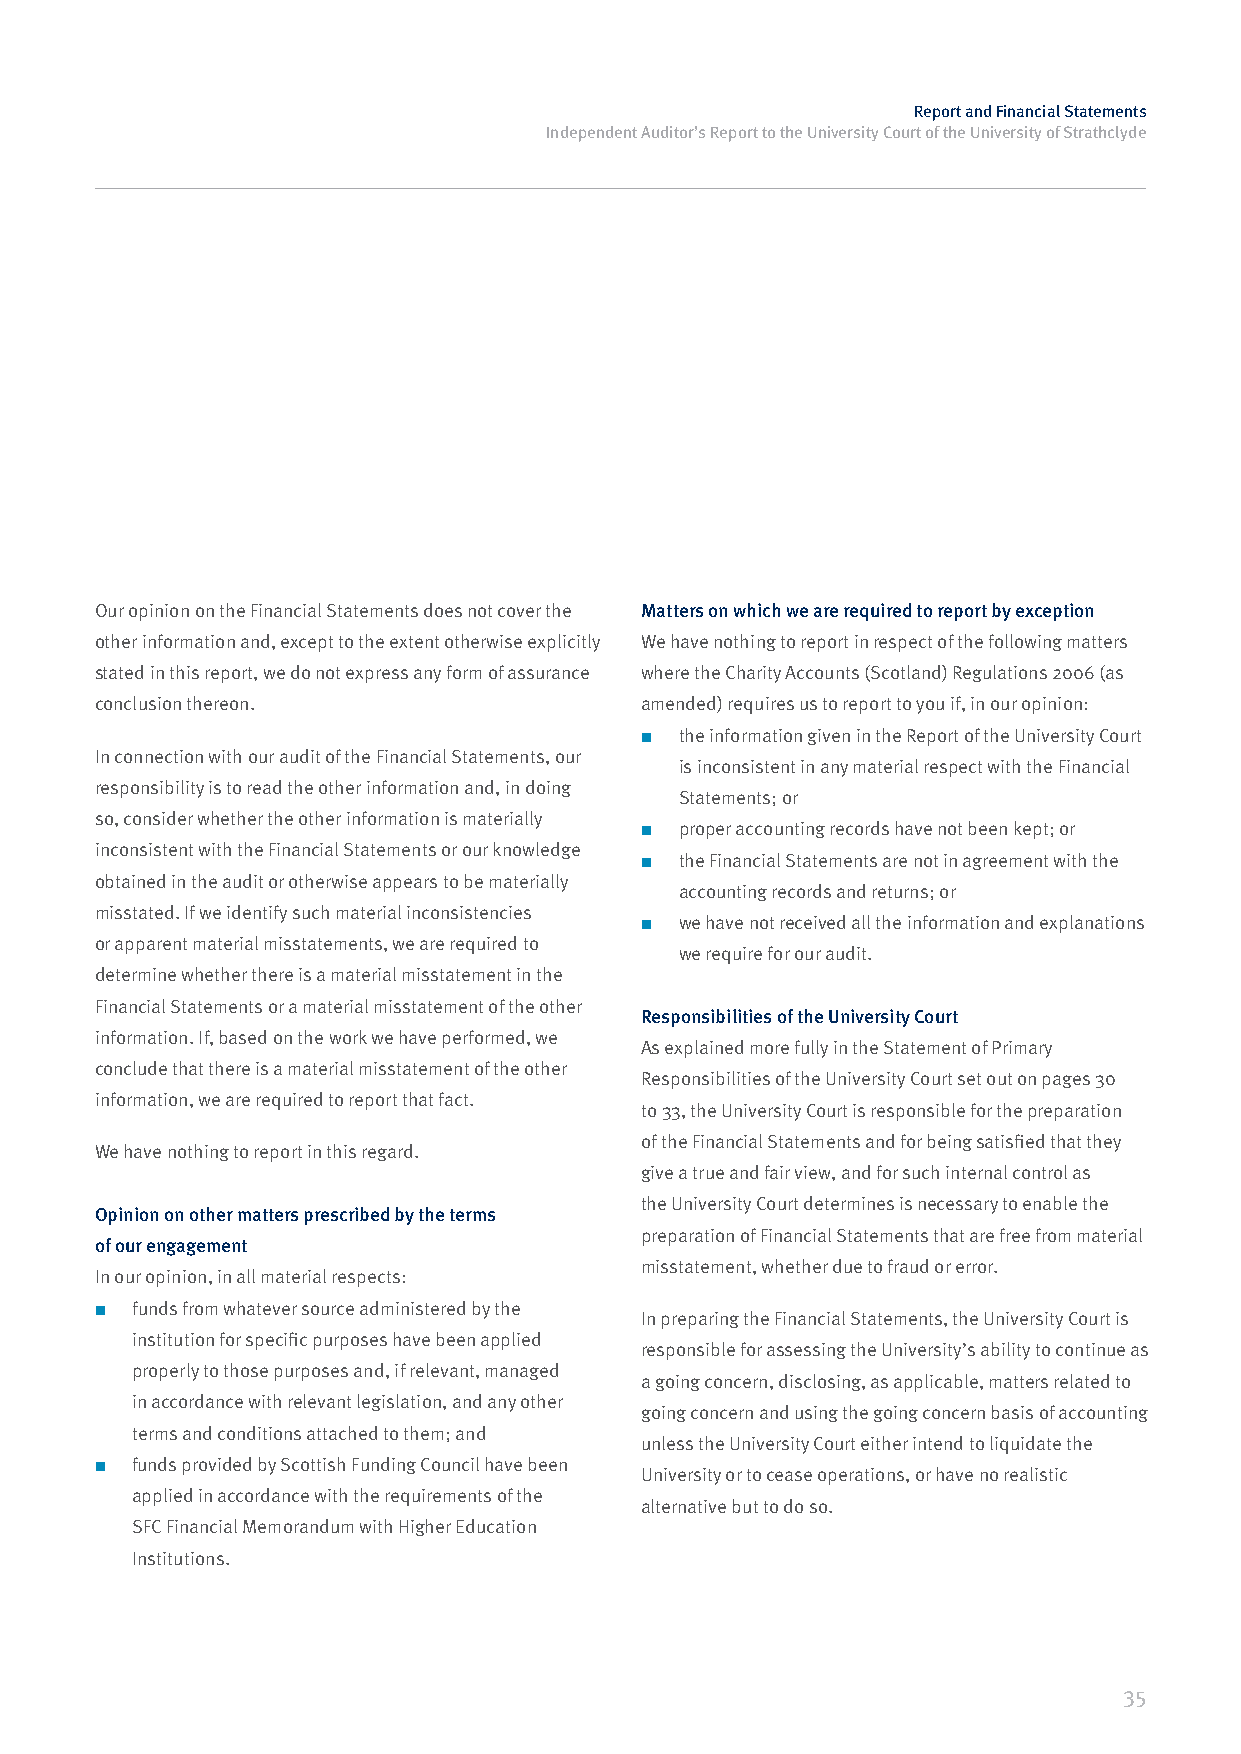
Report and Financial Statements
 Independent Auditor’s Report to the University Court of the University of Strathclyde
 Our opinion on the Financial Statements does not cover the Matters on which we are required to report by exception
 other information and, except to the extent otherwise explicitly We have nothing to report in respect of the following matters
 stated in this report, we do not express any form of assurance where the Charity Accounts (Scotland) Regulations 2006 (as
 conclusion thereon.                 amended) requires us to report to you if, in our opinion:
 ■  the information given in the Report of the University Court
 In connection with our audit of the Financial Statements, our
 is inconsistent in any material respect with the Financial
 responsibility is to read the other information and, in doing
 Statements; or
 so, consider whether the other information is materially
 ■  proper accounting records have not been kept; or
 inconsistent with the Financial Statements or our knowledge
 ■  the Financial Statements are not in agreement with the
 obtained in the audit or otherwise appears to be materially
 accounting records and returns; or
 misstated. If we identify such material inconsistencies
 ■  we have not received all the information and explanations
 or apparent material misstatements, we are required to
 we require for our audit.
 determine whether there is a material misstatement in the
 Financial Statements or a material misstatement of the other
 Responsibilities of the University Court
 information. If, based on the work we have performed, we
 As explained more fully in the Statement of Primary
 conclude that there is a material misstatement of the other
 Responsibilities of the University Court set out on pages 30
 information, we are required to report that fact.
 to 33, the University Court is responsible for the preparation
 of the Financial Statements and for being satisfied that they
 We have nothing to report in this regard.
 give a true and fair view, and for such internal control as
 the University Court determines is necessary to enable the
 Opinion on other matters prescribed by the terms
 preparation of Financial Statements that are free from material
 of our engagement
 misstatement, whether due to fraud or error.
 In our opinion, in all material respects:
 ■  funds from whatever source administered by the In preparing the Financial Statements, the University Court is
 institution for specific purposes have been applied
 responsible for assessing the University’s ability to continue as
 properly to those purposes and, if relevant, managed
 a going concern, disclosing, as applicable, matters related to
 in accordance with relevant legislation, and any other
 going concern and using the going concern basis of accounting
 terms and conditions attached to them; and
 unless the University Court either intend to liquidate the
 ■  funds provided by Scottish Funding Council have been University or to cease operations, or have no realistic
 applied in accordance with the requirements of the
 alternative but to do so.
 SFC Financial Memorandum with Higher Education
 Institutions.
 35